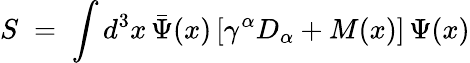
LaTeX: S\; =\; \int d^{3}x\, {\bar{\Psi}}(x)\, [\gamma^{\alpha}D_{\alpha}+M(x)]\, \Psi(x)